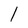
Character: l